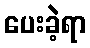
ပေးခဲ့ရာ